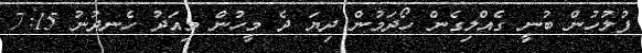
ފުލުހުން ބުނީ ގެއްލިގެން ހޯދަމުން ދިޔަ ދެ މީހުން މިއަދު ހެނދުނު 7:15